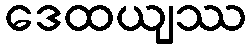
ဒေထယျဿ